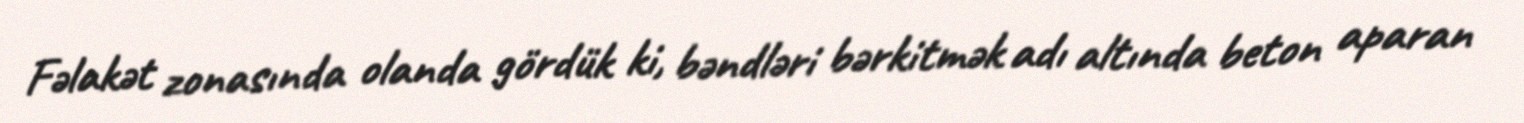
Fəlakət zonasında olanda gördük ki, bəndləri bərkitmək adı altında beton aparan